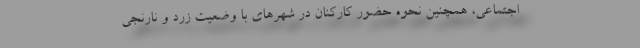
اجتماعی، همچنین نحوه حضور کارکنان در شهرهای با وضعیت زرد و نارنجی